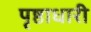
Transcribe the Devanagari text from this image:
पृष्ठाधारी